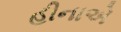
હીનાએ